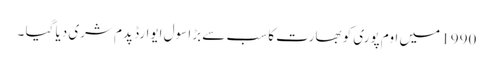
1990 میں اوم پوری کو بھارت کا سب سے بڑا سول ایوارڈ پدم شری دیا گیا ۔